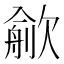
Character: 𣤏